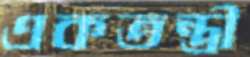
একতন্ত্রী